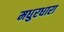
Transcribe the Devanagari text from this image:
मधुरधारा